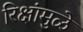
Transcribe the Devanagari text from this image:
रिक्षांमुळे